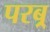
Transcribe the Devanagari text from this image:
परब्र्